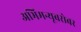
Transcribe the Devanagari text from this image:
अभिमन्यूबरोबर